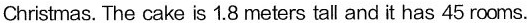
Christmas. The cake is 1.8 meters tall and it has 45 rooms.